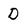
Character: D